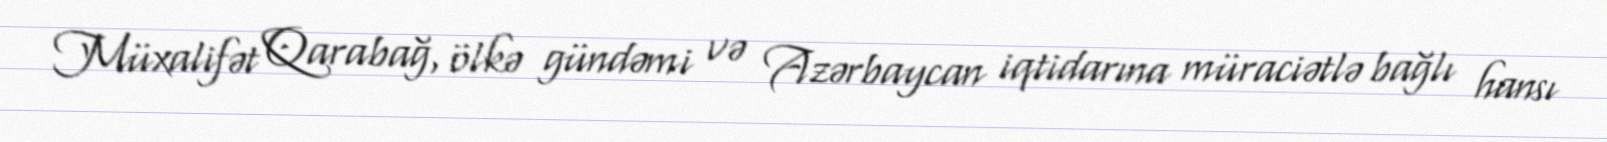
Müxalifət Qarabağ, ölkə gündəmi və Azərbaycan iqtidarına müraciətlə bağlı hansı